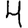
Digit: 4